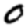
Digit: 0